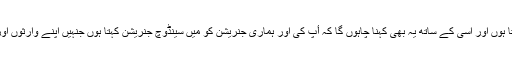
کسی حد تک أپ کی بات سے اتفاق کرتا ہوں اور اسی کے ساتھ یہ بھی کہنا چاہوں گا کہ أپ کی اور ہماری جنریشن کو میں سینڈوچ جنریشن کہتا ہوں جنہیں اپنے وارثوں اور بزرگوں دونوں کا بوجھ اٹھانا پڑا ہے۔